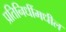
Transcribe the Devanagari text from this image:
प्रतिनिधींमधील